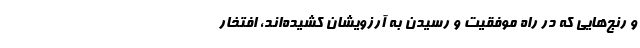
و رنج‌هایی که در راه موفقیت و رسیدن به آرزویشان کشیده‌اند، افتخار